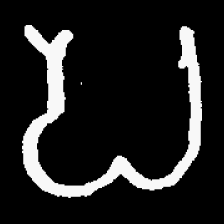
Pyu character \u2014 Myanmar letter: ပ (romanized: pa)